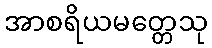
အာစရိယမတ္တေသု